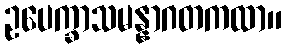
ဥပေက္ခာသမန္နာဂတကထာ။